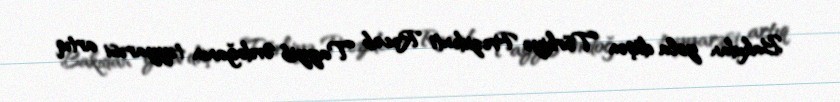
Bakıdan yola düşən Türkiyə Prezidenti Rəcəb Tayyib Ərdoğanın təyyarəsi artıq